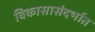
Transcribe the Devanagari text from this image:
विकासासंदर्भात